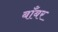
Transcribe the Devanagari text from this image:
बाँबर